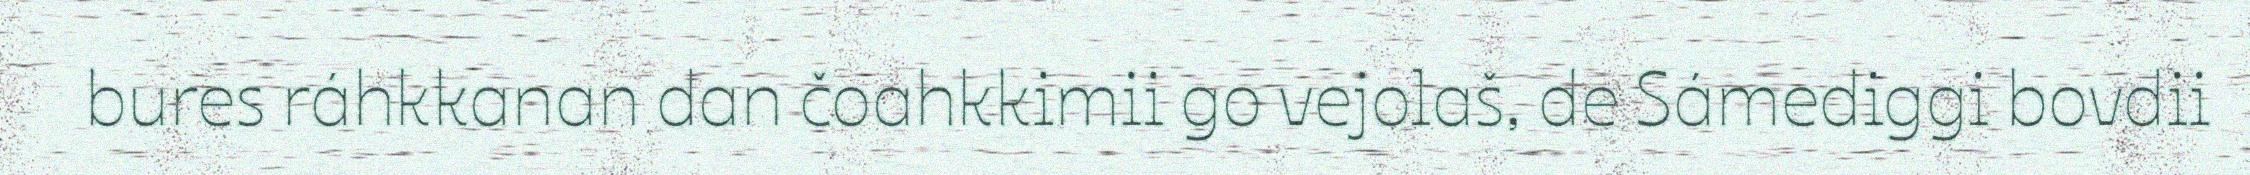
bures ráhkkanan dan čoahkkimii go vejolaš, de Sámediggi bovdii